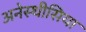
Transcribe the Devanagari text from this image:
अनेस्थीसिया